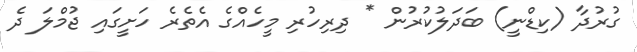
ގުރުދާ (ކިޑްނީ) ބަދަލުކުރުން * ދިރިހުރި މީހެއްގެ އެތެރެ ހަށީގައި ޖުމްލަ ދެ